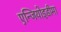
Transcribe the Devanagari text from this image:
एन्जियोइडीमा